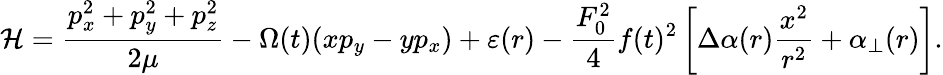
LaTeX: {\cal H}=\frac{p_{x}^{2}+p_{y}^{2}+p_{z}^{2}}{2\mu}-\Omega(t)(xp_{y}-yp_{x})+\varepsilon(r)-\frac{F_{0}^{2}}{4}f(t)^{2}\left[\Delta\alpha(r)\frac{x^{2}}{r^{2}}+\alpha_{\bot}(r)\right].